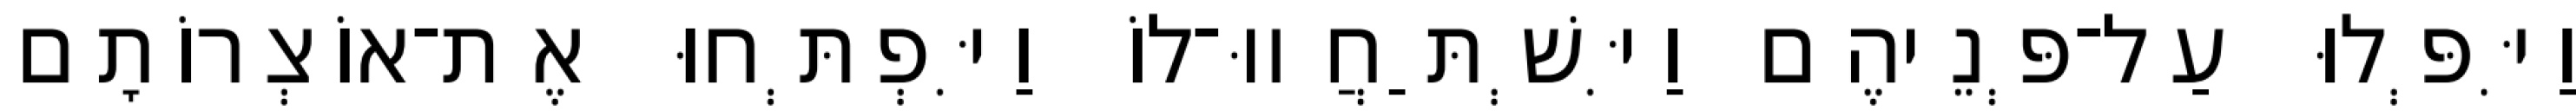
וַיִּפְּלוּ עַל־פְּנֵיהֶם וַיִּשְׁתַּחֲווּ־לוֹ וַיִּפְתְּחוּ אֶת־אוֹצְרוֹתָם